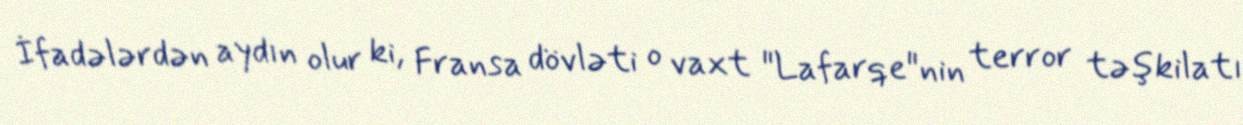
İfadələrdən aydın olur ki, Fransa dövləti o vaxt "Lafarqe"nin terror təşkilatı